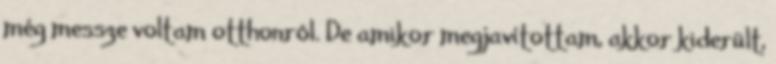
még messze voltam otthonról. De amikor megjavítottam, akkor kiderült,